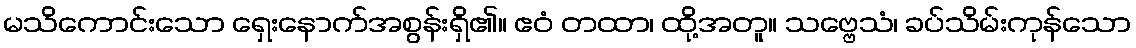
မသိကောင်းသော ရှေးနောက်အစွန်းရှိ၏။ ဧဝံ တထာ၊ ထို့အတူ။ သဗ္ဗေသံ၊ ခပ်သိမ်းကုန်သော